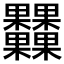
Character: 𣡾